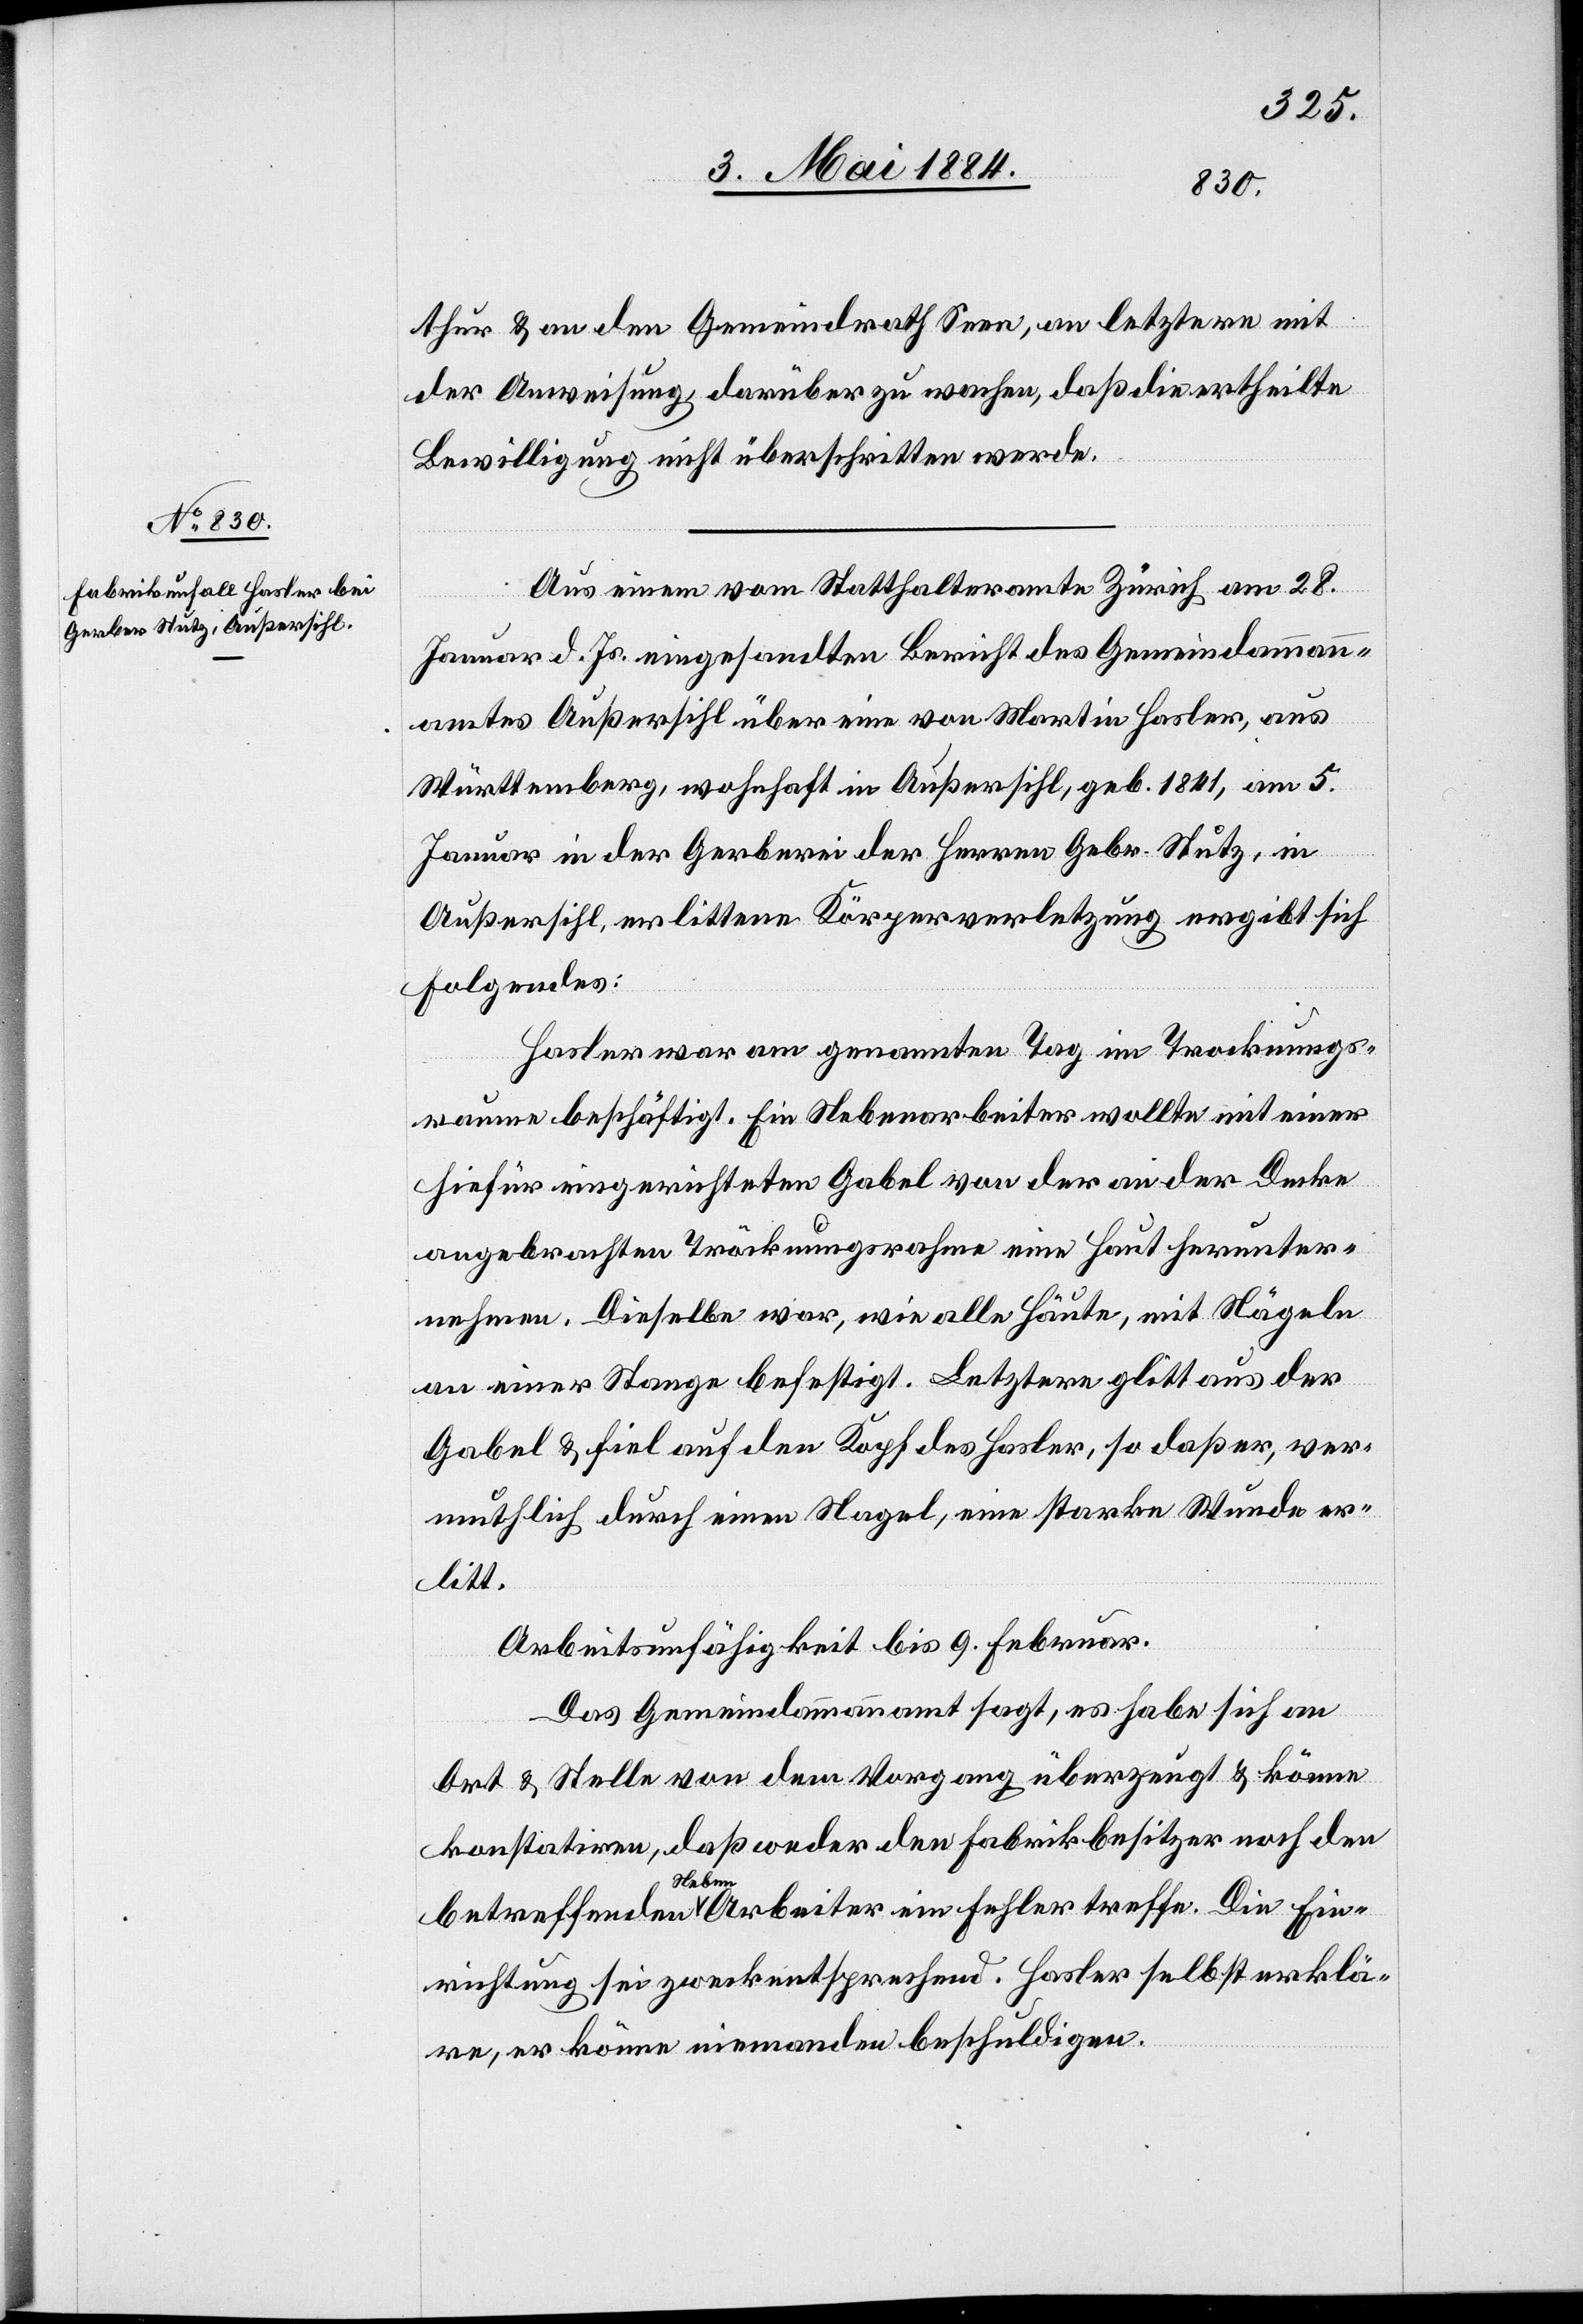
thur & an den Gemeindrath Seen, an letztern mit
der Anweisung, darüber zu wachen, daß die ertheilte
Bewilligung nicht überschritten werde.
Aus einem vom Statthalteramte Zürich am 28.
Januar d. Js. eingesandten Bericht des Gemeindammann¬
amtes Außersihl über eine von Martin Hasler, aus
Württemberg, wohnhaft in Außersihl, geb. 1841, am 5.
Januar in der Gerberei der Herren Gebr. Stutz, in
Außersihl, erlittenen Körperverletzung ergibt sich
Folgendes:
Hasler war am genannten Tag im Trocknungs¬
raume beschäftigt. Ein Nebenarbeiter wollte mit einer
hiefür eingerichteten Gabel von der an der Decke
angebrachten Tröcknungsrahme eine Haut herunter¬
nehmen. Dieselbe war, wie alle Häute, mit Nägeln
an einer Stange befestigt. Letzterer glitt aus der
Gabel & fiel auf den Kopf des Hasler, so daß er, ver¬
muthlich durch einen Nagel, eine starke Wunde er¬
litt.
Arbeitsunfähigkeit bis 9. Februar.
Das Gemeindeammannamt sagt, es [sic!] habe sich an
Ort & Stelle von dem Vorgang überzeugt & könne
konstatiren, daß weder den Fabrikbesitzer noch den
betreffenden Nebenarbeiter ein Fehler treffe. Die Ein¬
richtung sei zweckentsprechend. Hasler selbst erklä¬
re, er könne niemanden beschuldigen.